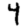
Digit: 4